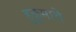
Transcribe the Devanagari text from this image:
हुकुमाचे